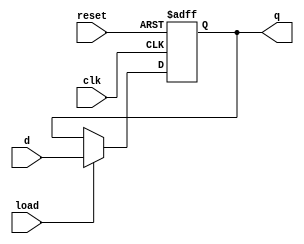
// Example 24b: N-bit register with reset and load
// Resets to initial value of lowest 2 bits
module regr2
#(parameter N = 4,
parameter BIT0 = 1,
parameter BIT1 = 1)
(input wire load ,
input wire clk ,
input wire reset ,
input wire [N-1:0] d ,
output reg [N-1:0] q
);
always @(posedge clk or posedge reset)
if(reset == 1)
 begin
 q[N-1:2] <= 0;
 q[0] <= BIT0;
 q[1] <= BIT1;
 end
else if(load == 1)
 q <= d;
endmodule